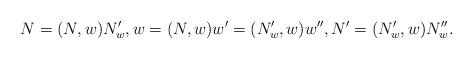
LaTeX: \begin{align*} N=(N,w)N^{\prime}_{w}, w=(N,w)w^{\prime}=(N^{\prime}_w,w)w^{\prime\prime}, N^{\prime}=(N^{\prime}_w,w)N^{\prime\prime}_w. \end{align*}